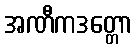
အဏီကဒတ္တော